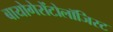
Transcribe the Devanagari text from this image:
बायोगेरोंटोलॉजिस्ट